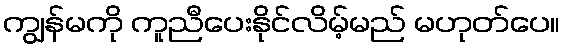
ကျွန်မကို ကူညီပေးနိုင်လိမ့်မည် မဟုတ်ပေ။